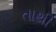
તાથી